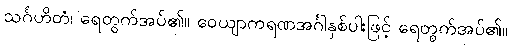
သင်္ဂဟိတံ၊ ရေတွက်အပ်၏။ ဝေယျာကရဏအင်္ဂါနှစ်ပါးဖြင့် ရေတွက်အပ်၏။